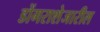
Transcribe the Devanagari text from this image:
डोंगराशेजारील